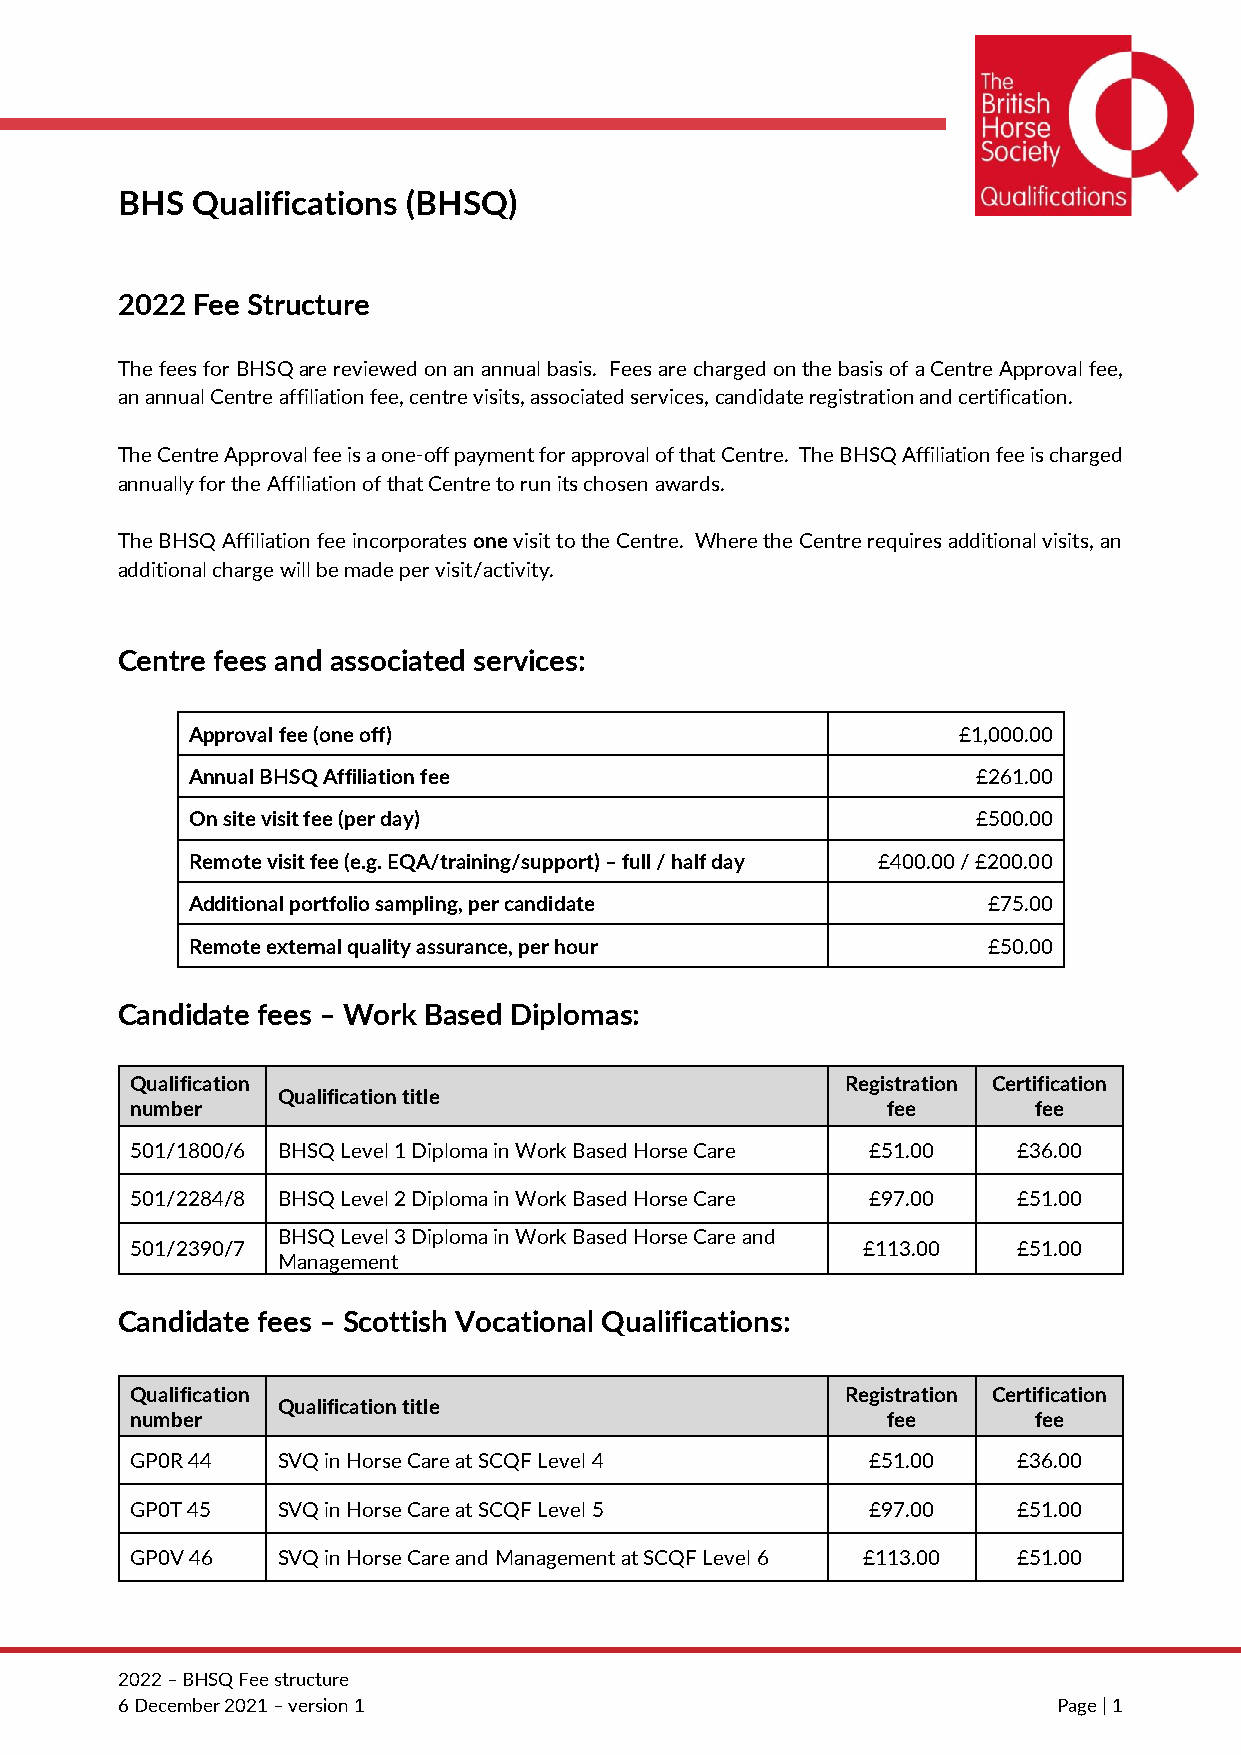
BHS  Qualifications (BHSQ)
 2022 Fee Structure
 The fees for BHSQ are reviewed on an annual basis. Fees are charged on the basis of a Centre Approval fee,
 an annual Centre affiliation fee, centre visits, associated services, candidate registration and certification.
 The Centre Approval fee is a one-off payment for approval of that Centre. The BHSQ Affiliation fee is charged
 annually for the Affiliation of that Centre to run its chosen awards.
 The BHSQ Affiliation fee incorporates one visit to the Centre. Where the Centre requires additional visits, an
 additional charge will be made per visit/activity.
 Centre fees and associated services:
 Approval fee (one off)                            £1,000.00
 Annual BHSQ Affiliation fee                         £261.00
 On site visit fee (per day)                         £500.00
 Remote visit fee (e.g. EQA/training/support) – full / half day £400.00 / £200.00
 Additional portfolio sampling, per candidate        £75.00
 Remote external quality assurance, per hour         £50.00
 Candidate fees – Work Based Diplomas:
 Qualification                                  Registration Certification
 Qualification title
 number                                            fee      fee
 501/1800/6 BHSQ Level 1 Diploma in Work Based Horse Care £51.00 £36.00
 501/2284/8 BHSQ Level 2 Diploma in Work Based Horse Care £97.00 £51.00
 BHSQ Level 3 Diploma in Work Based Horse Care and
 501/2390/7                                      £113.00   £51.00
 Management
 Candidate fees – Scottish Vocational Qualifications:
 Qualification                                  Registration Certification
 Qualification title
 number                                            fee      fee
 GP0R 44  SVQ in Horse Care at SCQF Level 4      £51.00    £36.00
 GP0T 45  SVQ in Horse Care at SCQF Level 5      £97.00    £51.00
 GP0V 46  SVQ in Horse Care and Management at SCQF Level 6 £113.00 £51.00
 2022 – BHSQ Fee structure
 6 December 2021 – version 1                                   Page | 1